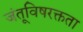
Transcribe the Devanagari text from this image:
जंतूविषरक्तता